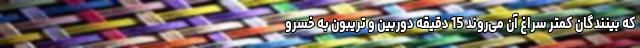
که بینندگان کمتر سراغ آن می‌روند 15 دقیقه دوربین و تریبون به خسرو